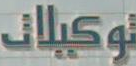
توكيلات